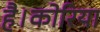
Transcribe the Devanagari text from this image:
है।कोरिया